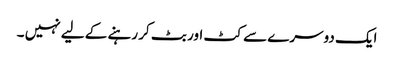
ایک دوسرے سے کٹ اور بٹ کر رہنے کے لیے نہیں ۔